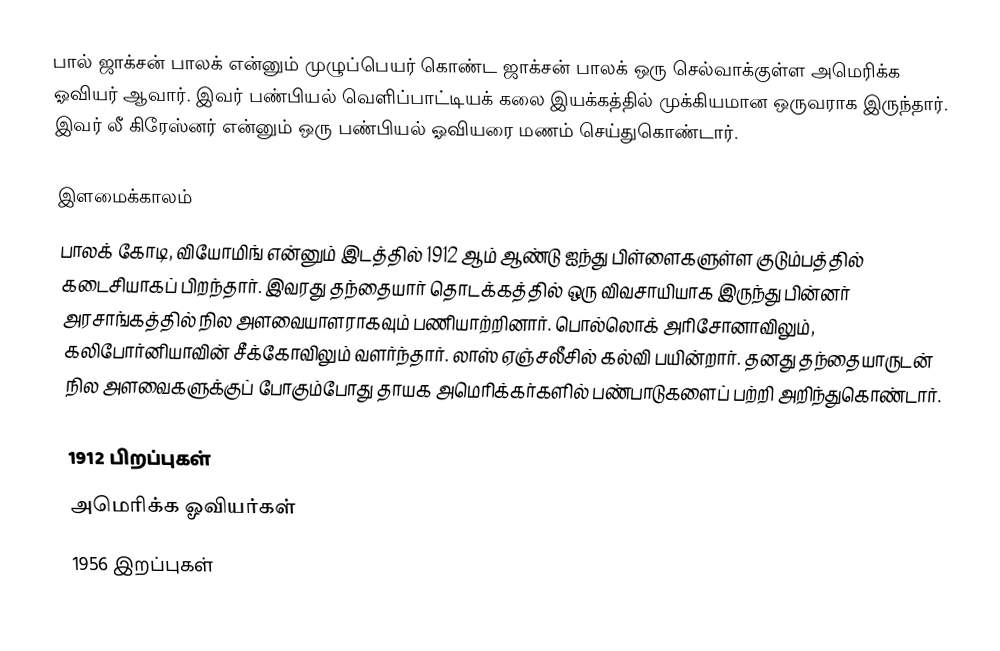
பால் ஜாக்சன் பாலக் என்னும் முழுப்பெயர் கொண்ட ஜாக்சன் பாலக் ஒரு செல்வாக்குள்ள அமெரிக்க ஓவியர் ஆவார். இவர் பண்பியல் வெளிப்பாட்டியக் கலை இயக்கத்தில் முக்கியமான ஒருவராக இருந்தார். இவர் லீ கிரேஸ்னர் என்னும் ஒரு பண்பியல் ஓவியரை மணம் செய்துகொண்டார்.

இளமைக்காலம்
பாலக் கோடி, வியோமிங் என்னும் இடத்தில் 1912 ஆம் ஆண்டு ஐந்து பிள்ளைகளுள்ள குடும்பத்தில் கடைசியாகப் பிறந்தார். இவரது தந்தையார் தொடக்கத்தில் ஒரு விவசாயியாக இருந்து பின்னர் அரசாங்கத்தில் நில அளவையாளராகவும் பணியாற்றினார். பொல்லொக் அரிசோனாவிலும், கலிபோர்னியாவின் சீக்கோவிலும் வளர்ந்தார். லாஸ் ஏஞ்சலீசில் கல்வி பயின்றார். தனது தந்தையாருடன் நில அளவைகளுக்குப் போகும்போது தாயக அமெரிக்கர்களில் பண்பாடுகளைப் பற்றி அறிந்துகொண்டார்.

1912 பிறப்புகள்
அமெரிக்க ஓவியர்கள்
1956 இறப்புகள்